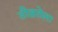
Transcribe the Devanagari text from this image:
तीव्रतेला